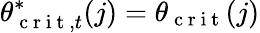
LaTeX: \theta_{\mathrm{~c~r~i~t~},t}^{*}(j)=\theta_{\mathrm{~c~r~i~t~}}(j)